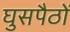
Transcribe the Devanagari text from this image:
घुसपैठों